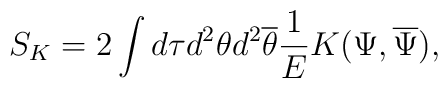
S_K = 2\int d \tau d^2 \theta d^2 \overline{\theta}\frac{1}{E}K(\Psi,\overline{\Psi}),